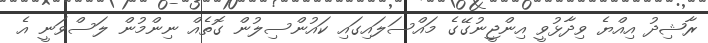
ރާޝިދު އިއްޔެ ވިދާޅުވީ އިންޖީނުގޭގެ މައްސަލައިގައި ކައުންސިލުން ގޮތެއް ނިންމުން ލަސްވަނީ އެ